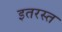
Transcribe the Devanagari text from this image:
इतरस्त